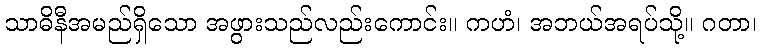
သာဓိနီအမည်ရှိသော အဖွားသည်လည်းကောင်း။ ကဟံ၊ အဘယ်အရပ်သို့။ ဂတာ၊